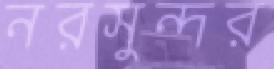
নরসুন্দর